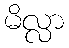
မိလ္လာ